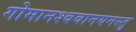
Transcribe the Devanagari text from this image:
गोमानश्ववानयमस्तु